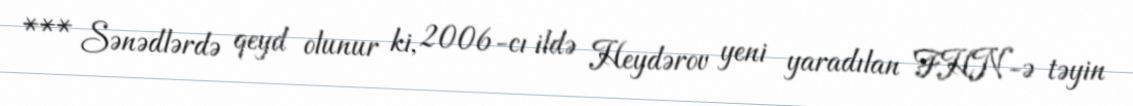
*** Sənədlərdə qeyd olunur ki, 2006-cı ildə Heydərov yeni yaradılan FHN-ə təyin